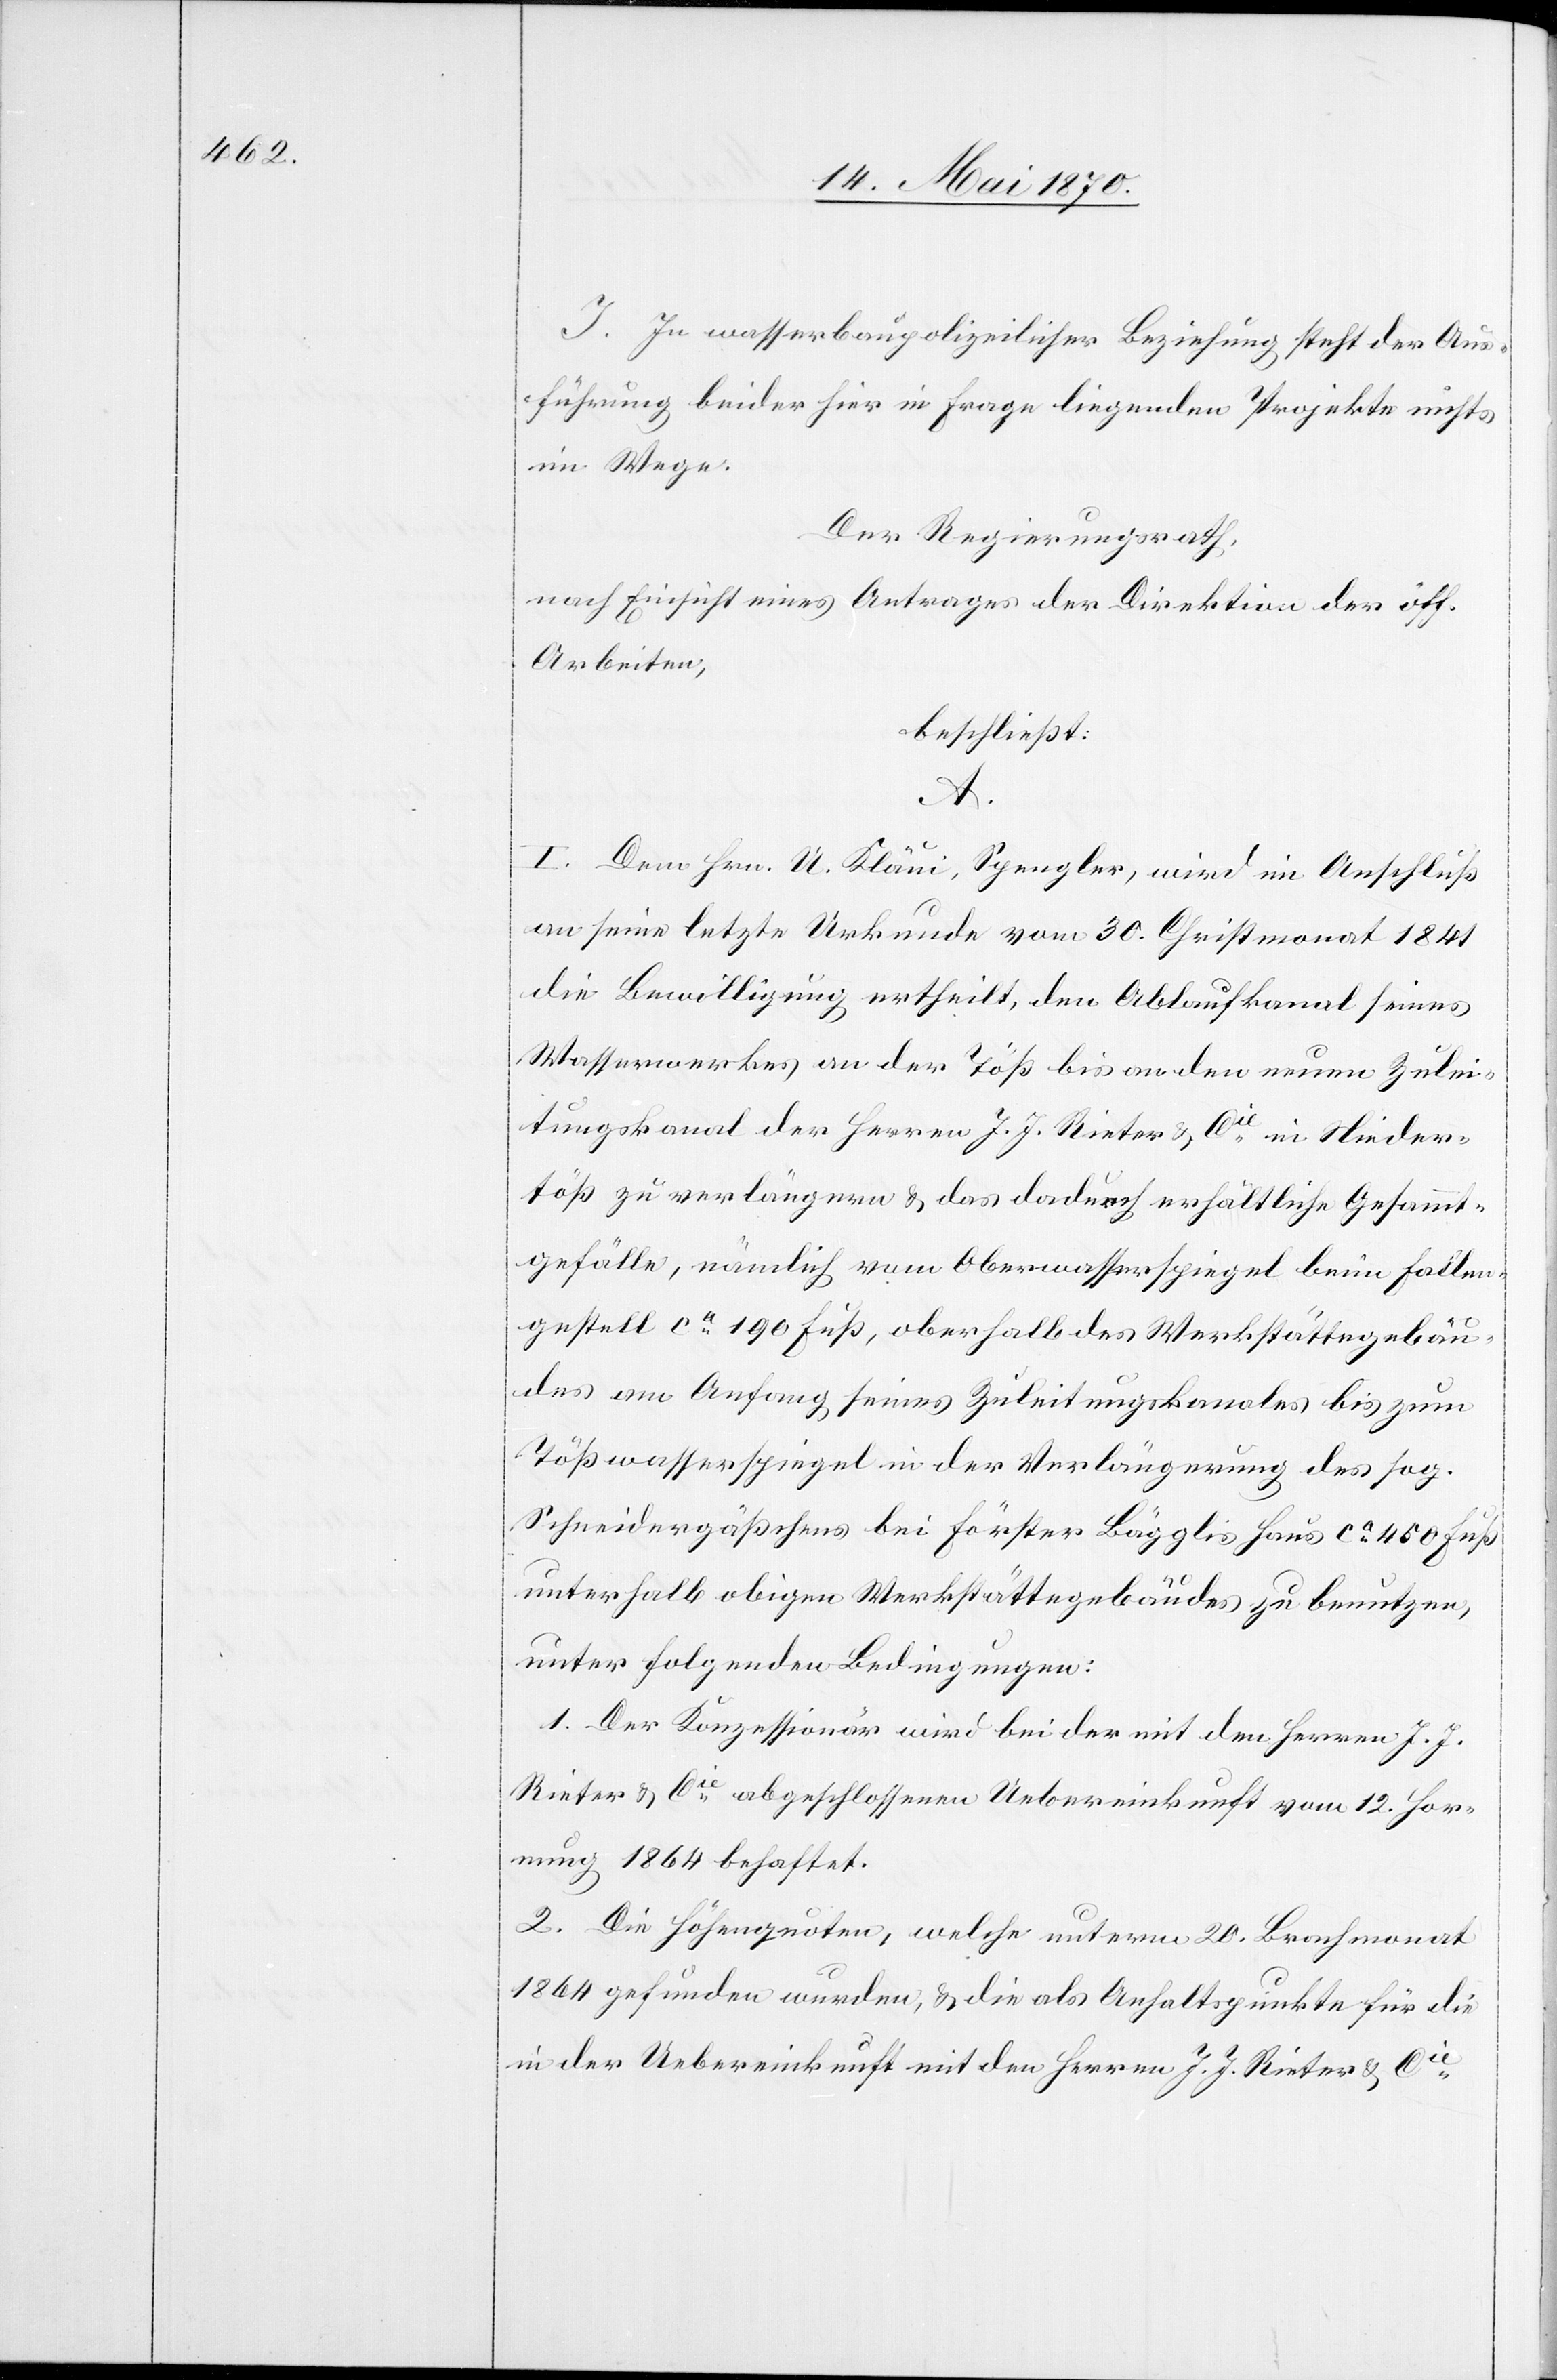
J. In wasserbaupolizeilicher Beziehung steht der Aus¬
führung beider hier in Frage liegenden Projekte nichts
im Wege.
Der Regierungsrath,
nach Einsicht eines Antrages der Direktion der öff.
Arbeiten,
beschließt:
A.
I. Dem Hrn. U. Kläui, Spengler, wird in Anschluß
an seine letzte Urkunde vom 30. Christmonat 1841
die Bewilligung ertheilt, den Ablaufkanal seines
Wasserwerkes an der Töß bis an den neuen Zulei¬
tungskanal der Herren J. J. Rieter & Cie in Nieder¬
töß zu verlängern & das dadurch erhältliche Gesammt¬
gefälle, nämlich vom Oberwasserspiegel beim Fallen¬
gestell ca 190 Fuß, oberhalb des Werkstättengebäu¬
des am Anfang seines Zuleitungskanales bis zum
Tößwasserspiegel in der Verlängerung des sog.
Schneidergäßchens bei Förster Bägglis Haus ca 450 Fuß
unterhalb obigen Werkstättengebäudes zu benutzen,
unter folgenden Bedingungen:
1. Der Konzessionär wird bei der mit den Herren J. J.
Rieter & Cie abgeschlossenen Uebereinkunft vom 12. Hor¬
nung 1864 behaftet.
2. Die Höhenquoten, welche unterm 20. Brachmonat
1864 gefunden wurden, & die als Anhaltspunkte für die
in der Uebereinkunft mit den Herren J. J. Rieter & Cie